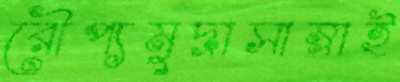
রৌপ্যমুদ্রাসাম্‌লাই